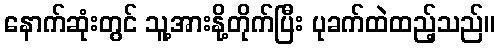
နောက်ဆုံးတွင် သူ့အားနို့တိုက်ပြီး ပုခက်ထဲထည့်သည်။